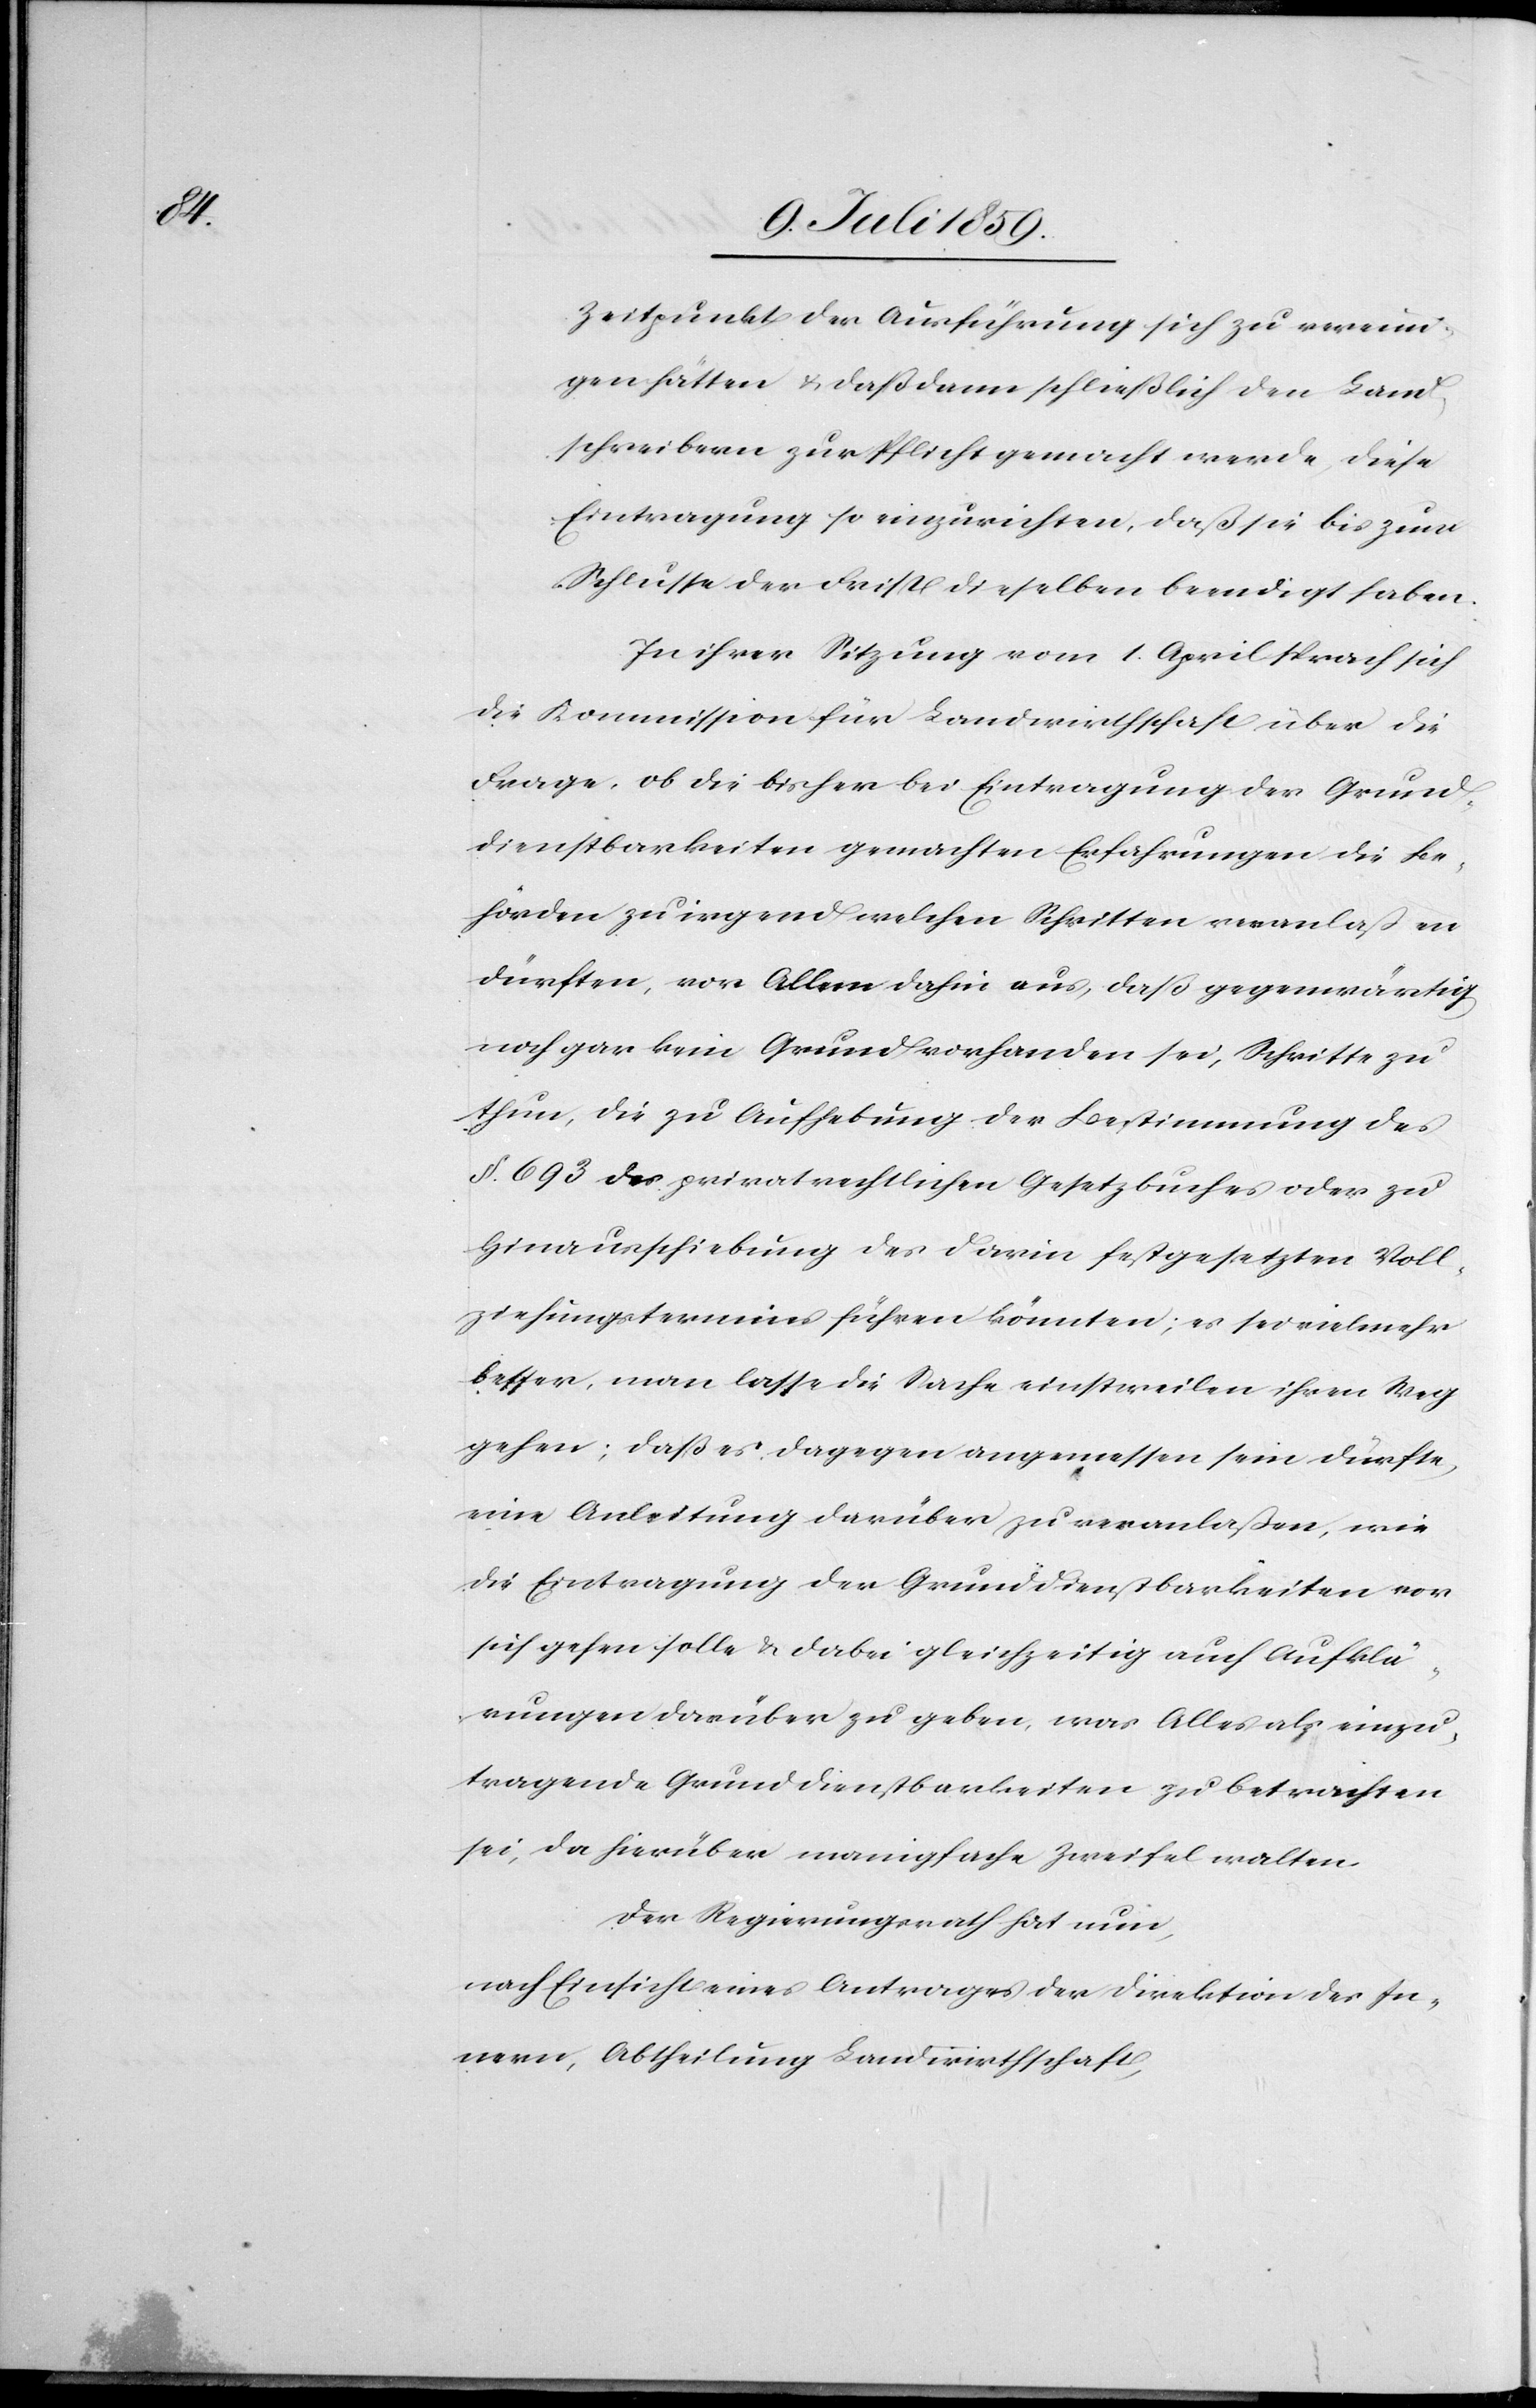
Zeitpunkt der Ausführung sich zu vereini¬
gen hätten u. daß dann schließlich den Land¬
schreibern zur Pflicht gemacht werde, diese
Eintragung so einzurichten, daß sie bis zum
Schlusse der Frist dieselben beendigt haben.
In ihrer Sitzung vom 1. April sprach sich
die Kommission für Landwirtschaft über die
Frage, ob die bisher bei Eintragung des Grund¬
dienstbarkeiten gemachten Erfahrungen die Be¬
hörden zu irgend welchen Schritten veranlaßen
dürften, vor Allem dahin aus, daß gegenwärtig
noch gar kein Grund vorhanden sei, Schritte zu
thun, die zu Aufhebung der Bestimmung des
§ 693 des privatrechtlichen Gesetzbuches oder zu
Hinaufschiebung des darin festgesetzten Voll¬
ziehungstermin führen könnten; es sei vielmehr
besser, man lasse die Sache einstweilen ihren Weg
gehen; daß es dagegen angemessen sein dürfte,
eine Anleitung darüber zu veranlaßen, wie
die Eintragung der Grunddienstbarkeiten vor
sich gehen solle u. dabei gleichzeitig auch Aufklä¬
rungen darüber zu geben, was Alles als einzu¬
tragende Grunddienstbarkeiten zu betrachten
sei, da hierüber manigfache Zweifel walten.
Der Regierungsrath hat nun,
nach Einsicht eines Antrages der Direktion des In¬
nern, Abtheilung Landwirthschaft,